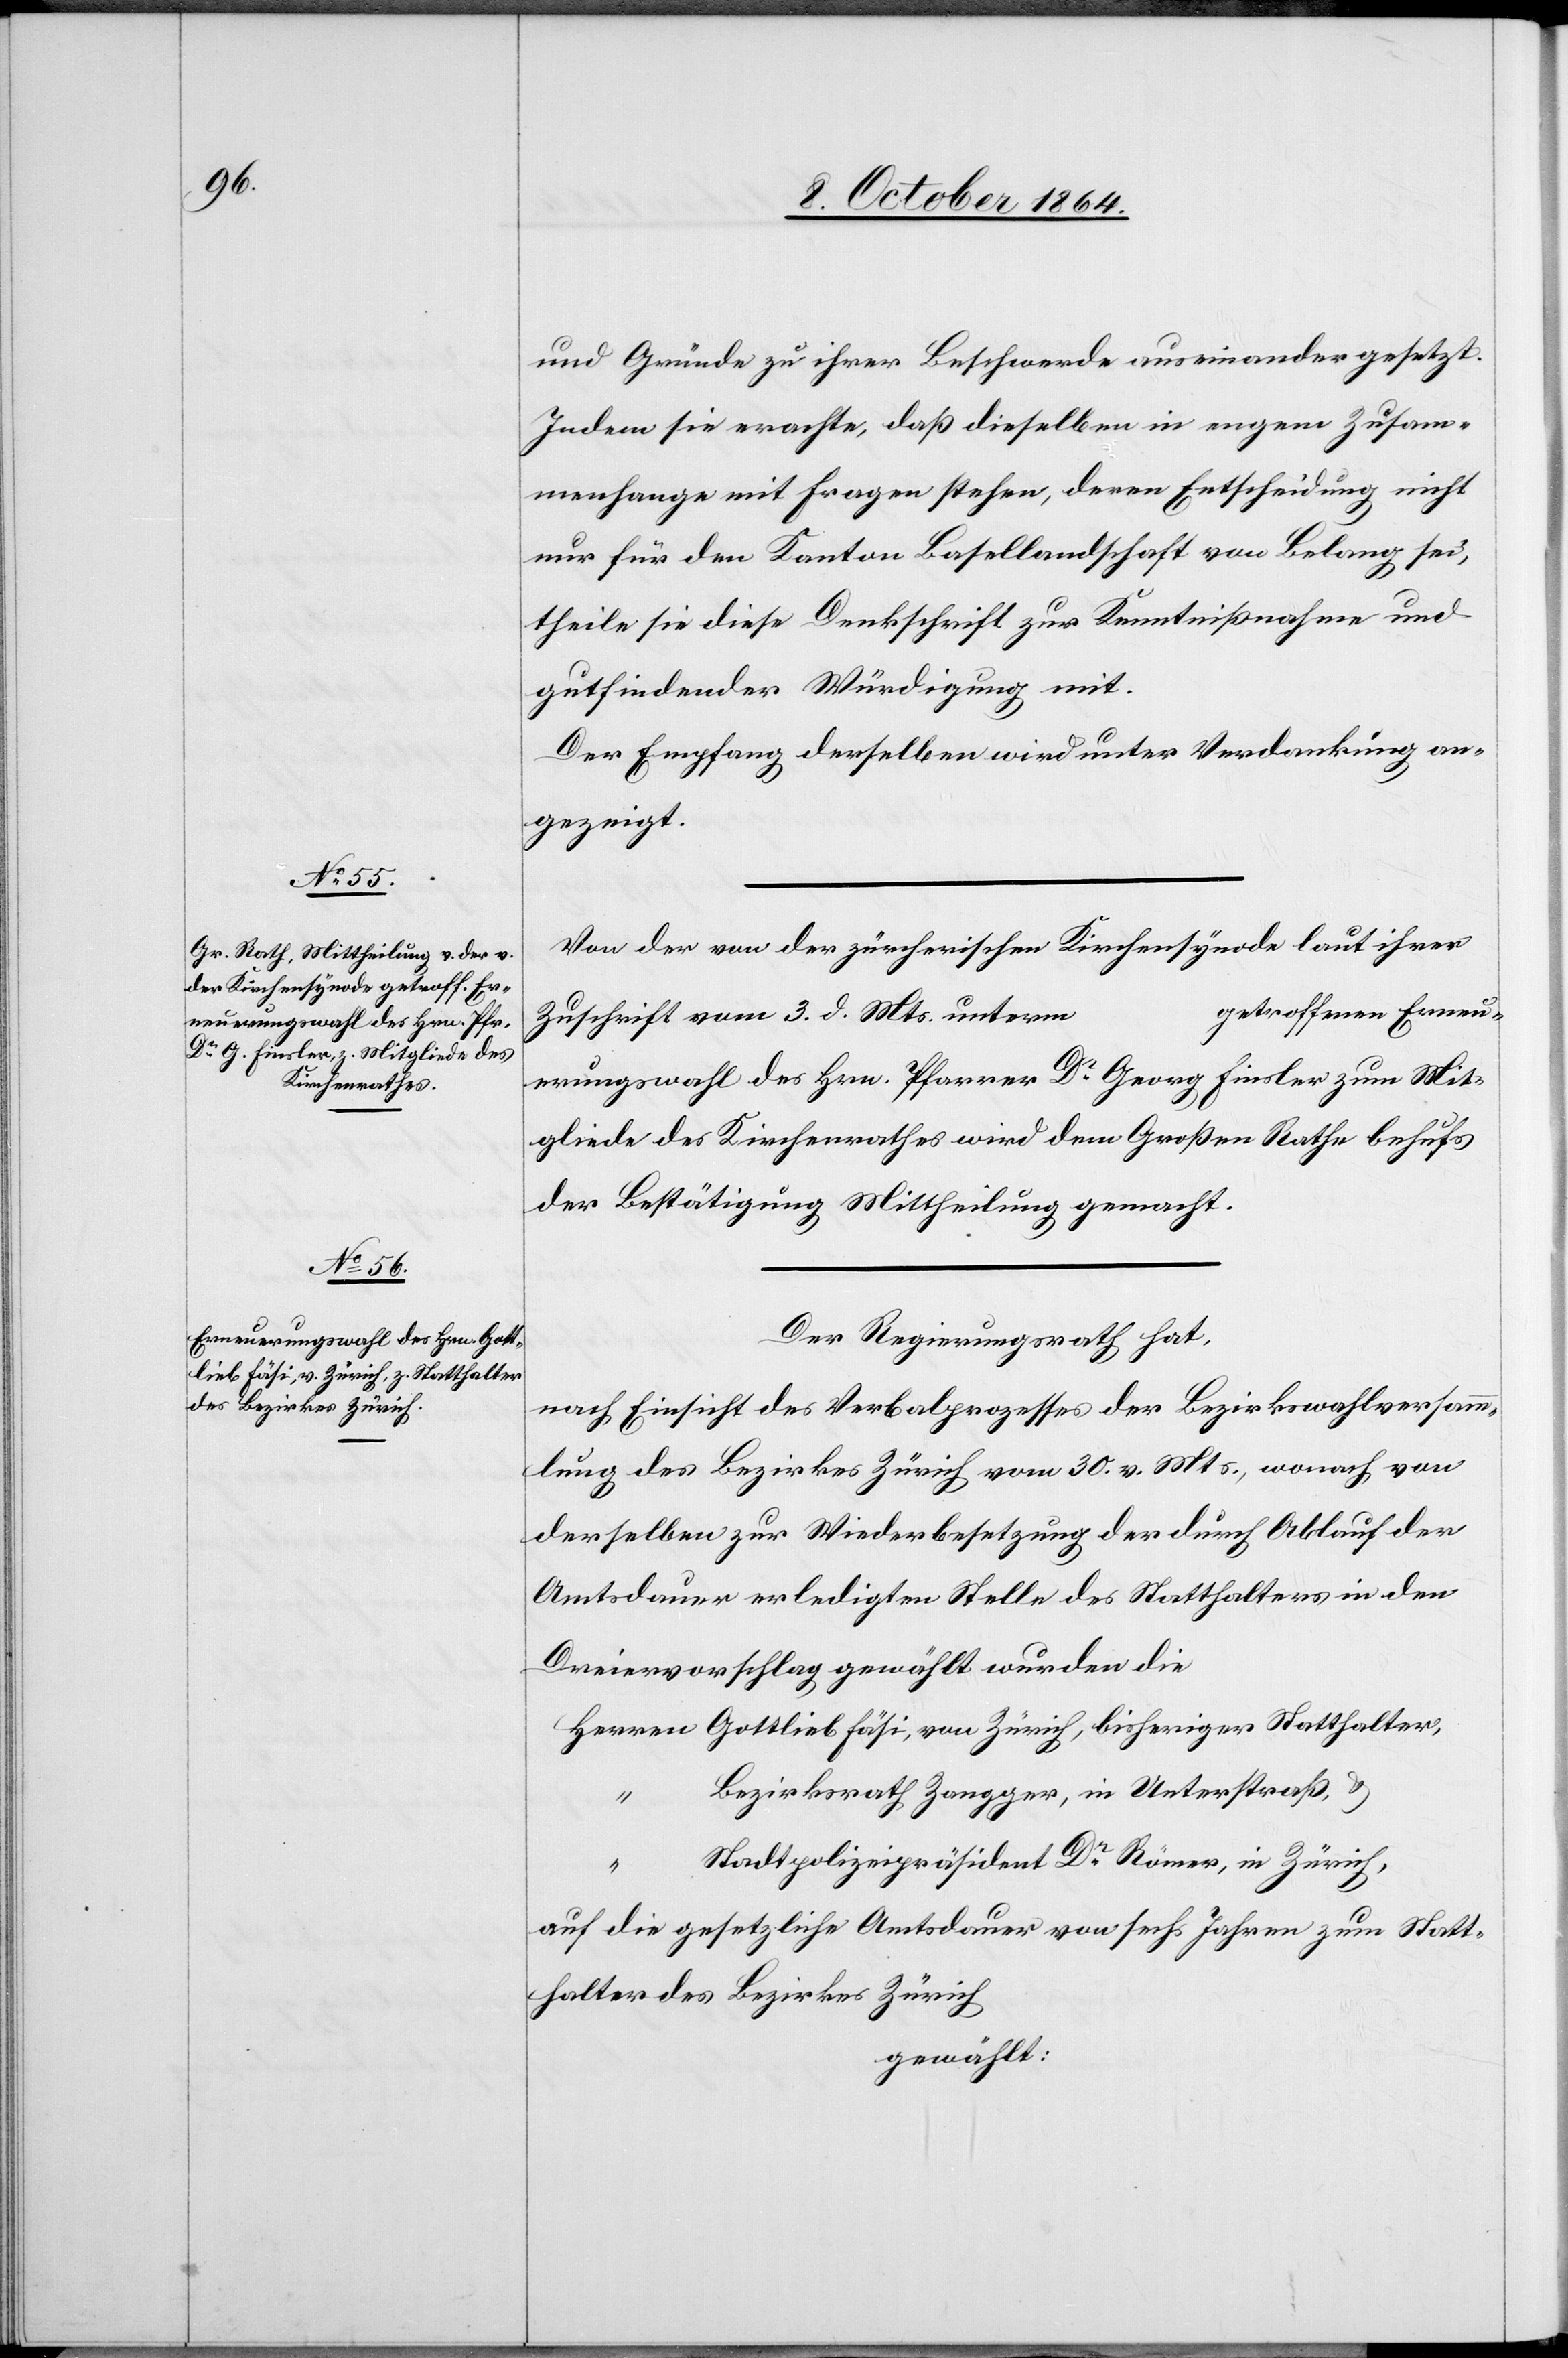
und Gründe zu ihrer Beschwerde auseinander gesetzt.
Indem sie erachte, daß dieselben in engem Zusam¬
menhange mit Fragen stehen, deren Entscheidung nicht
nur für den Kanton Basellandschaft von Belang sei,
theile sie diese Denkschrift zur Kenntnißnahme und
gutfindender Würdigung mit.
Der Empfang derselben wird unter Verdankung an¬
gezeigt.
Von der von der zürcherischen Kirchensynode laut ihrer
getroffenen Erneu¬
Zuschrift vom 3. d. Mts unterm
erungswahl des Hrn. Pfarrer Dr Georg Finsler zum Mit¬
gliede des Kirchenrathes wird dem Großen Rathe behufs
der Bestätigung Mittheilung gemacht.
Der Regierungsrath hat,
nach Einsicht des Verbalprozesses der Bezirkswahlversamm¬
lung des Bezirkes Zürich vom 30. v. Mts., wonach von
derselben zur Wiederbesetzung der durch Ablauf der
Amtsdauer erledigten Stelle des Statthalters in den
Dreiervorschlag gewählt wurden die
Herren Gottlieb Fäsi, von Zürich, bisheriger Statthalter,
Bezirksrath Zangger, in Unterstraß, &
“
Stadtgerichtspräsident Dr Römer, in Zürich,
…
auf die gesetzliche Amtsdauer von sechs Jahren zum Statt¬
halter des Bezirkes Zürich
gewählt: